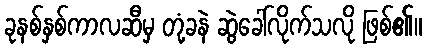
ခုနစ်နှစ်ကာလဆီမှ တုံ့ခနဲ ဆွဲခေါ်လိုက်သလို ဖြစ်၏။